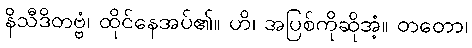
နိသီဒိတဗ္ဗံ၊ ထိုင်နေအပ်၏။ ဟိ၊ အပြစ်ကိုဆိုအံ့။ တတော၊